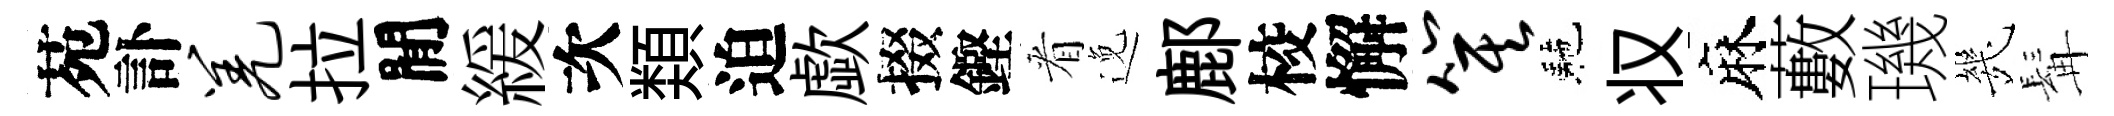
苑訃羌拉閒緩次𩔖迫歔掇鏗㸔𨓜鄜校懈箕駰𠬧麻藪璣㡬髯